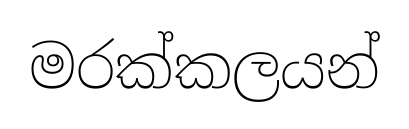
මරක්කලයන්